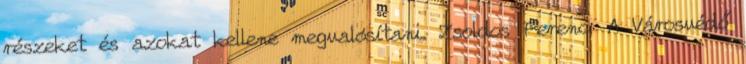
részeket és azokat kellene megvalósítani. Zsoldos Ferenc: A Városvédő